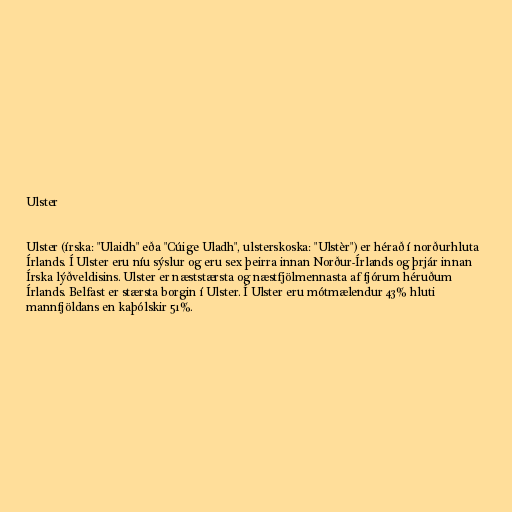
Ulster

Ulster (írska: "Ulaidh" eða "Cúige Uladh", ulsterskoska: "Ulstèr") er hérað í norðurhluta
Írlands. Í Ulster eru níu sýslur og eru sex þeirra innan Norður-Írlands og þrjár innan
Írska lýðveldisins. Ulster er næststærsta og næstfjölmennasta af fjórum héruðum
Írlands. Belfast er stærsta borgin í Ulster. Í Ulster eru mótmælendur 43% hluti
mannfjöldans en kaþólskir 51%.